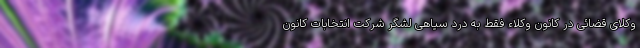
وکلای قضائی در کانون وکلاء فقط به درد سیاهی لشگر شرکت انتخابات کانون